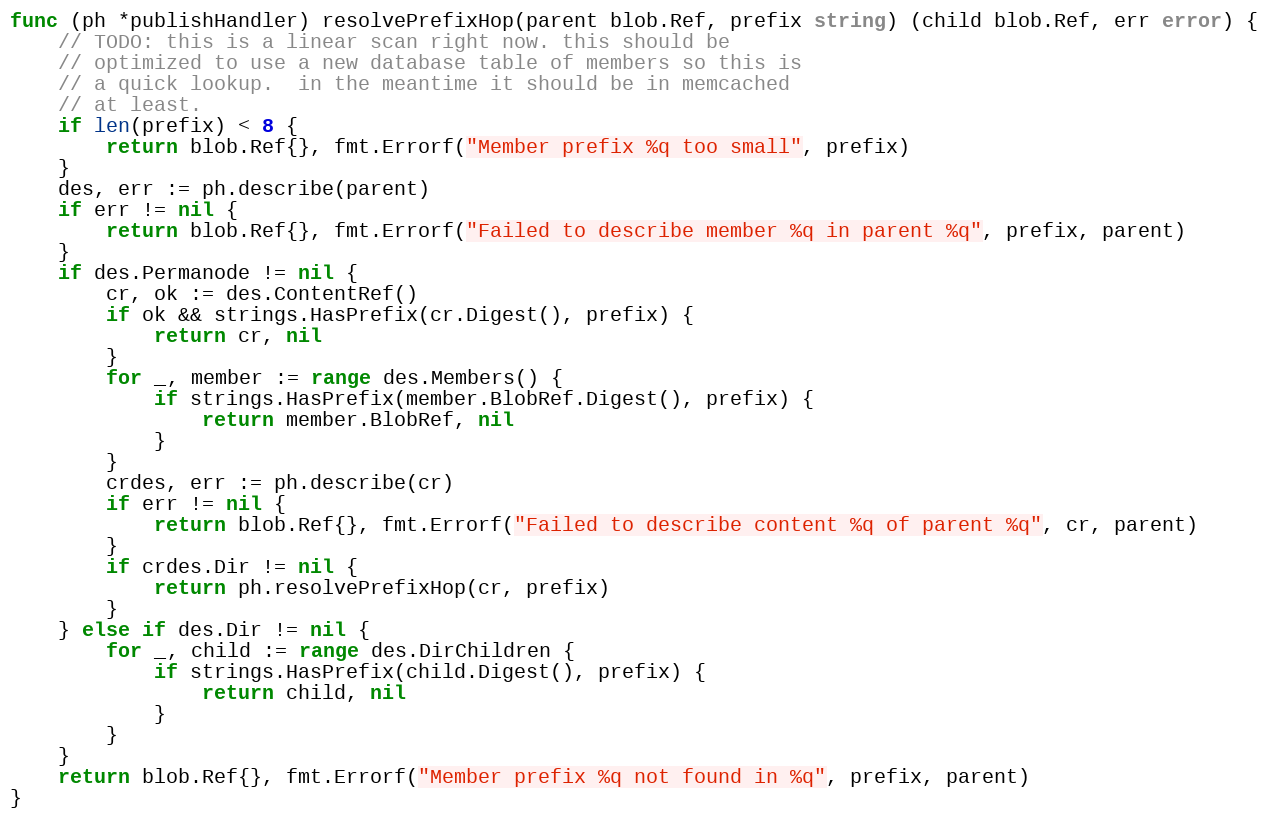
Language: Go
func (ph *publishHandler) resolvePrefixHop(parent blob.Ref, prefix string) (child blob.Ref, err error) {
	// TODO: this is a linear scan right now. this should be
	// optimized to use a new database table of members so this is
	// a quick lookup.  in the meantime it should be in memcached
	// at least.
	if len(prefix) < 8 {
		return blob.Ref{}, fmt.Errorf("Member prefix %q too small", prefix)
	}
	des, err := ph.describe(parent)
	if err != nil {
		return blob.Ref{}, fmt.Errorf("Failed to describe member %q in parent %q", prefix, parent)
	}
	if des.Permanode != nil {
		cr, ok := des.ContentRef()
		if ok && strings.HasPrefix(cr.Digest(), prefix) {
			return cr, nil
		}
		for _, member := range des.Members() {
			if strings.HasPrefix(member.BlobRef.Digest(), prefix) {
				return member.BlobRef, nil
			}
		}
		crdes, err := ph.describe(cr)
		if err != nil {
			return blob.Ref{}, fmt.Errorf("Failed to describe content %q of parent %q", cr, parent)
		}
		if crdes.Dir != nil {
			return ph.resolvePrefixHop(cr, prefix)
		}
	} else if des.Dir != nil {
		for _, child := range des.DirChildren {
			if strings.HasPrefix(child.Digest(), prefix) {
				return child, nil
			}
		}
	}
	return blob.Ref{}, fmt.Errorf("Member prefix %q not found in %q", prefix, parent)
}